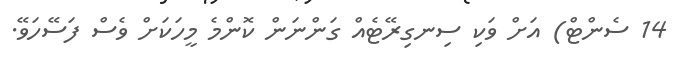
14 ސެންޓް) އަށް ވަކި ސިނގިރޭޓެއް ގަންނަން ކޮންމެ މީހަކަށް ވެސް ފަސޭހަވޭ.